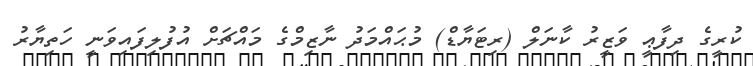
ކުރީގެ ދިފާޢީ ވަޒީރު ކާނަލް (ރިޓަޔާޑް) މުޙައްމަދު ނާޒިމްގެ މައްޗަށް އުފުލިފައިވަނީ ހަތިޔާރު